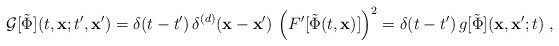
\begin{align*}{\cal G} [ \tilde{\Phi} ] (t,{\bf x};t^{\prime},{\bf x}^{\prime})=\delta (t-t^{\prime}) \, \delta^{(d)} ({\bf x}-{\bf x}^{\prime})\,\left( F^{\prime}[\tilde{\Phi} (t,{\bf x})] \right)^{2}= \delta (t-t^{\prime}) \, g [\tilde{\Phi} ] ({\bf x}, {\bf x}^{\prime}; t)\; ,\end{align*}